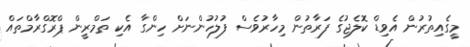
މީގެއިތުރުން އެވިޑް ކޮލެޖުގެ ފަރާތުން މިހާރުވެސް ފުލުހުންނަށް ހިންގާ އެކި ތަމްރީން ޕްރޮގްރާމްތައް